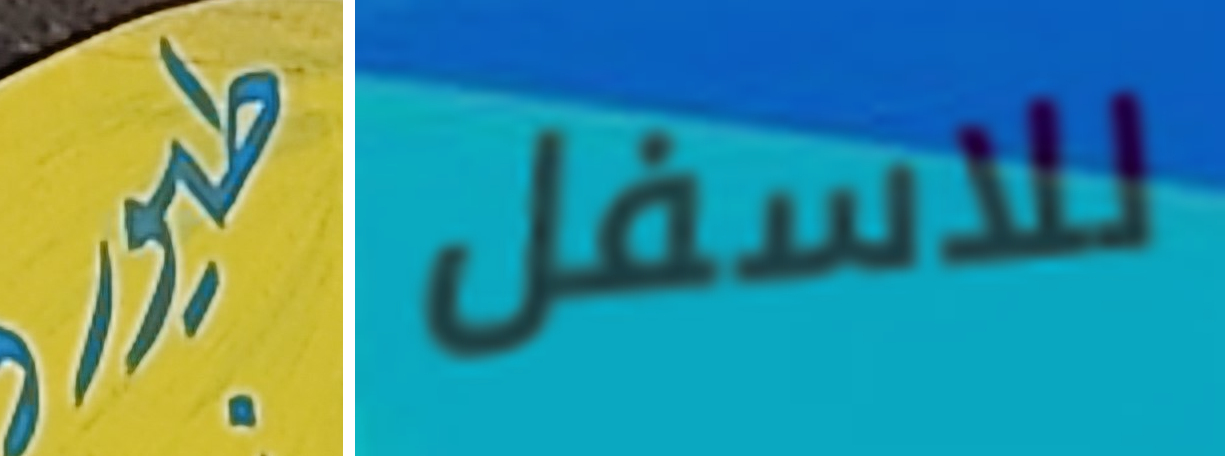
طيور للاسفل